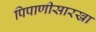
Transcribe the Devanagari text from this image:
पिपाणीसारखा